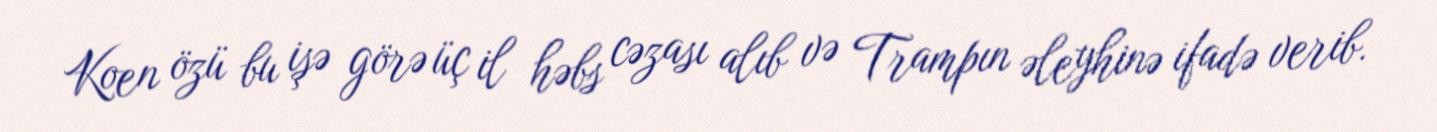
Koen özü bu işə görə üç il həbs cəzası alıb və Trampın əleyhinə ifadə verib.